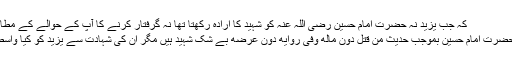
کہ جب یزید نہ حضرت امام حسین رضی اللہ عنہ کو شہید کا ارادہ رکھتا تھا نہ گرفتار کرنے کا آپ کے حوالے کے مطابق
" حضرت امام حسینؓ بموجب حدیث من قتل دون ماله وفی روایه دون عرضه بے شک شہید ہیں مگر ان کی شہادت سے یزید کو کیا واسطہ۔